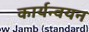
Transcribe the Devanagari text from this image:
कार्यन्वयन